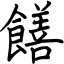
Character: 饍